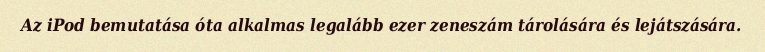
Az iPod bemutatása óta alkalmas legalább ezer zeneszám tárolására és lejátszására.